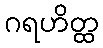
ဂရဟိတ္ထ